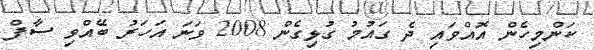
ކަންމިހެން އޮއްވައި ދެ ގައުމު ގުޅިގެން 2008 ވަނަ އަހަރު ބޭއްވި ސާފް